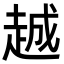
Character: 𬦌